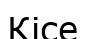
Кісе